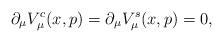
LaTeX: \begin{align*}\partial_\mu V_\mu^c (x,p) = \partial_\mu V_\mu^s(x,p) = 0,\end{align*}